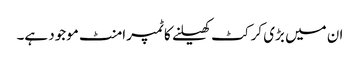
ان میں بڑی کرکٹ کھیلنے کا ٹمپرامنٹ موجود ہے۔